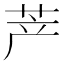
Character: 𱽤